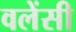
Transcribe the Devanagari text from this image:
वलेंसी